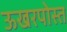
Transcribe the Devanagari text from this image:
ऊखरपोस्त